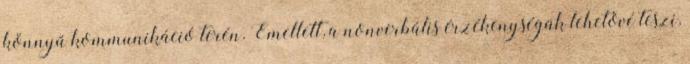
könnyű kommunikáció terén. Emellett, a nonverbális érzékenységük lehetővé teszi,